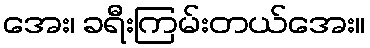
အေး၊ ခရီးကြမ်းတယ်အေး။